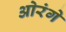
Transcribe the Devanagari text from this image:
ओरंगे